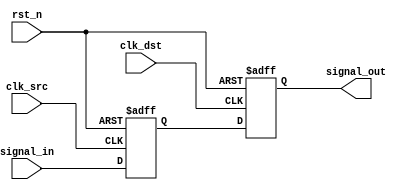
module signal_crossing_synchronizer #(
    parameter WIDTH = 1  // Width of the input signal
)(
    input  wire           clk_src,           // Source clock
    input  wire           clk_dst,           // Destination clock
    input  wire           rst_n,             // Asynchronous reset (active low)
    input  wire [WIDTH-1:0]  signal_in,     // Input signal to synchronize
    output reg [WIDTH-1:0]   signal_out     // Synchronized output signal
);

    // Intermediate signal for the first flip-flop
    reg [WIDTH-1:0] signal_sync;

    // First flip-flop in the source clock domain
    always @(posedge clk_src or negedge rst_n) begin
        if (!rst_n)
            signal_sync <= 0; // Reset the sync signal
        else
            signal_sync <= signal_in; // Sample input signal
    end

    // Second flip-flop in the destination clock domain
    always @(posedge clk_dst or negedge rst_n) begin
        if (!rst_n)
            signal_out <= 0; // Reset the output signal
        else
            signal_out <= signal_sync; // Sample sync signal
    end

endmodule